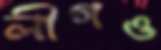
লীগও